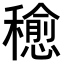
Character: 𥣒